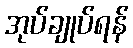
အုပ်ချုပ်ရန်